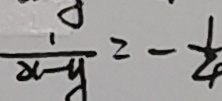
\frac { 1 } { 2 x - y } = - \frac { 1 } { 4 }